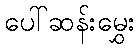
ပေါ်ဆန်းမွှေး